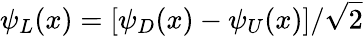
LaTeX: \psi_{L}(x)=[\psi_{D}(x)-\psi_{U}(x)]/\sqrt{2}